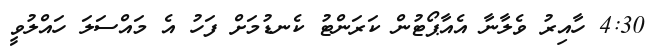
4:30 ހާއިރު ވެލާނާ އެއާޕޯޓުން ކަރަންޓު ކެނޑުމަށް ފަހު އެ މައްސަލަ ހައްލުވީ